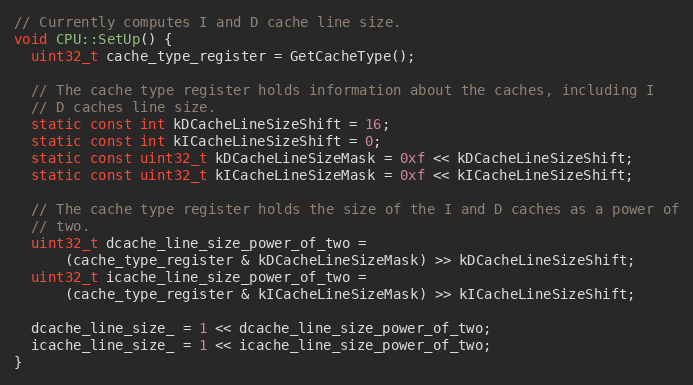
Language: C++
// Currently computes I and D cache line size.
void CPU::SetUp() {
  uint32_t cache_type_register = GetCacheType();

  // The cache type register holds information about the caches, including I
  // D caches line size.
  static const int kDCacheLineSizeShift = 16;
  static const int kICacheLineSizeShift = 0;
  static const uint32_t kDCacheLineSizeMask = 0xf << kDCacheLineSizeShift;
  static const uint32_t kICacheLineSizeMask = 0xf << kICacheLineSizeShift;

  // The cache type register holds the size of the I and D caches as a power of
  // two.
  uint32_t dcache_line_size_power_of_two =
      (cache_type_register & kDCacheLineSizeMask) >> kDCacheLineSizeShift;
  uint32_t icache_line_size_power_of_two =
      (cache_type_register & kICacheLineSizeMask) >> kICacheLineSizeShift;

  dcache_line_size_ = 1 << dcache_line_size_power_of_two;
  icache_line_size_ = 1 << icache_line_size_power_of_two;
}